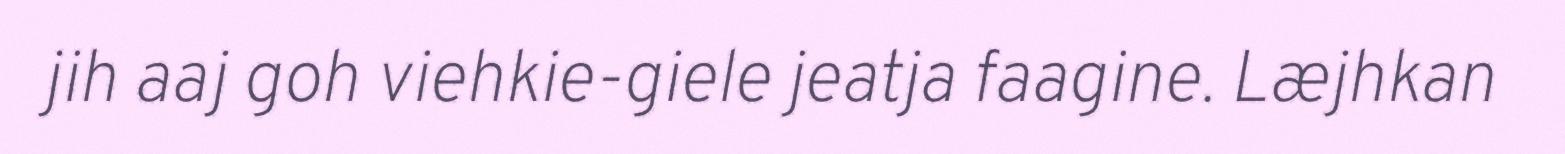
jih aaj goh viehkie-giele jeatja faagine. Læjhkan